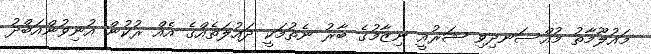
މައުލޫމާތު މުއްސަނދިވި ޝަރުއީ ނިޒާމުގެ ބާރު ނެތުމަކީ ދައުލަތެއްގެ އެއް ރުކުން އުނިވުންއަބްދު